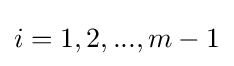
i=1,2,...,m-1